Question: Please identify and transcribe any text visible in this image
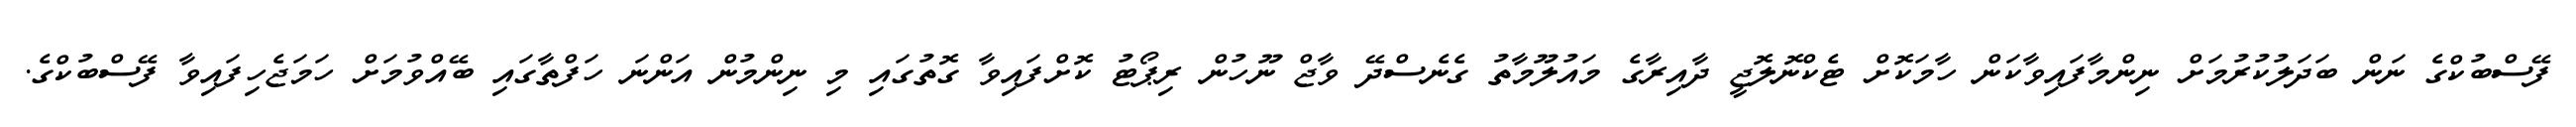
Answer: ފޭސްބުކްގެ ނަން ބަދަލުކުރުމަށް ނިންމާފައިވާކަން ހާމަކޮށް ޓެކްނޮލޮޖީ ދާއިރާގެ މައުލޫމާތު ގެނެސްދޭ ވާޖް ނޫހުން ރިޕޯޓު ކޮށްފައިވާ ގޮތުގައި މި ނިންމުން އަންނަ ހަފްތާގައި ބޭއްވުމަށް ހަމަޖެހިފައިވާ ފޭސްބުކްގެ.